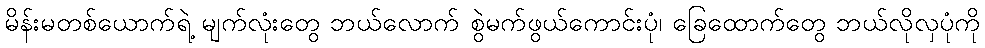
မိန်းမတစ်ယောက်ရဲ့ မျက်လုံးတွေ ဘယ်လောက် စွဲမက်ဖွယ်ကောင်းပုံ၊ ခြေထောက်တွေ ဘယ်လိုလှပုံကို